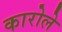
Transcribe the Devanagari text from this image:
कारोले